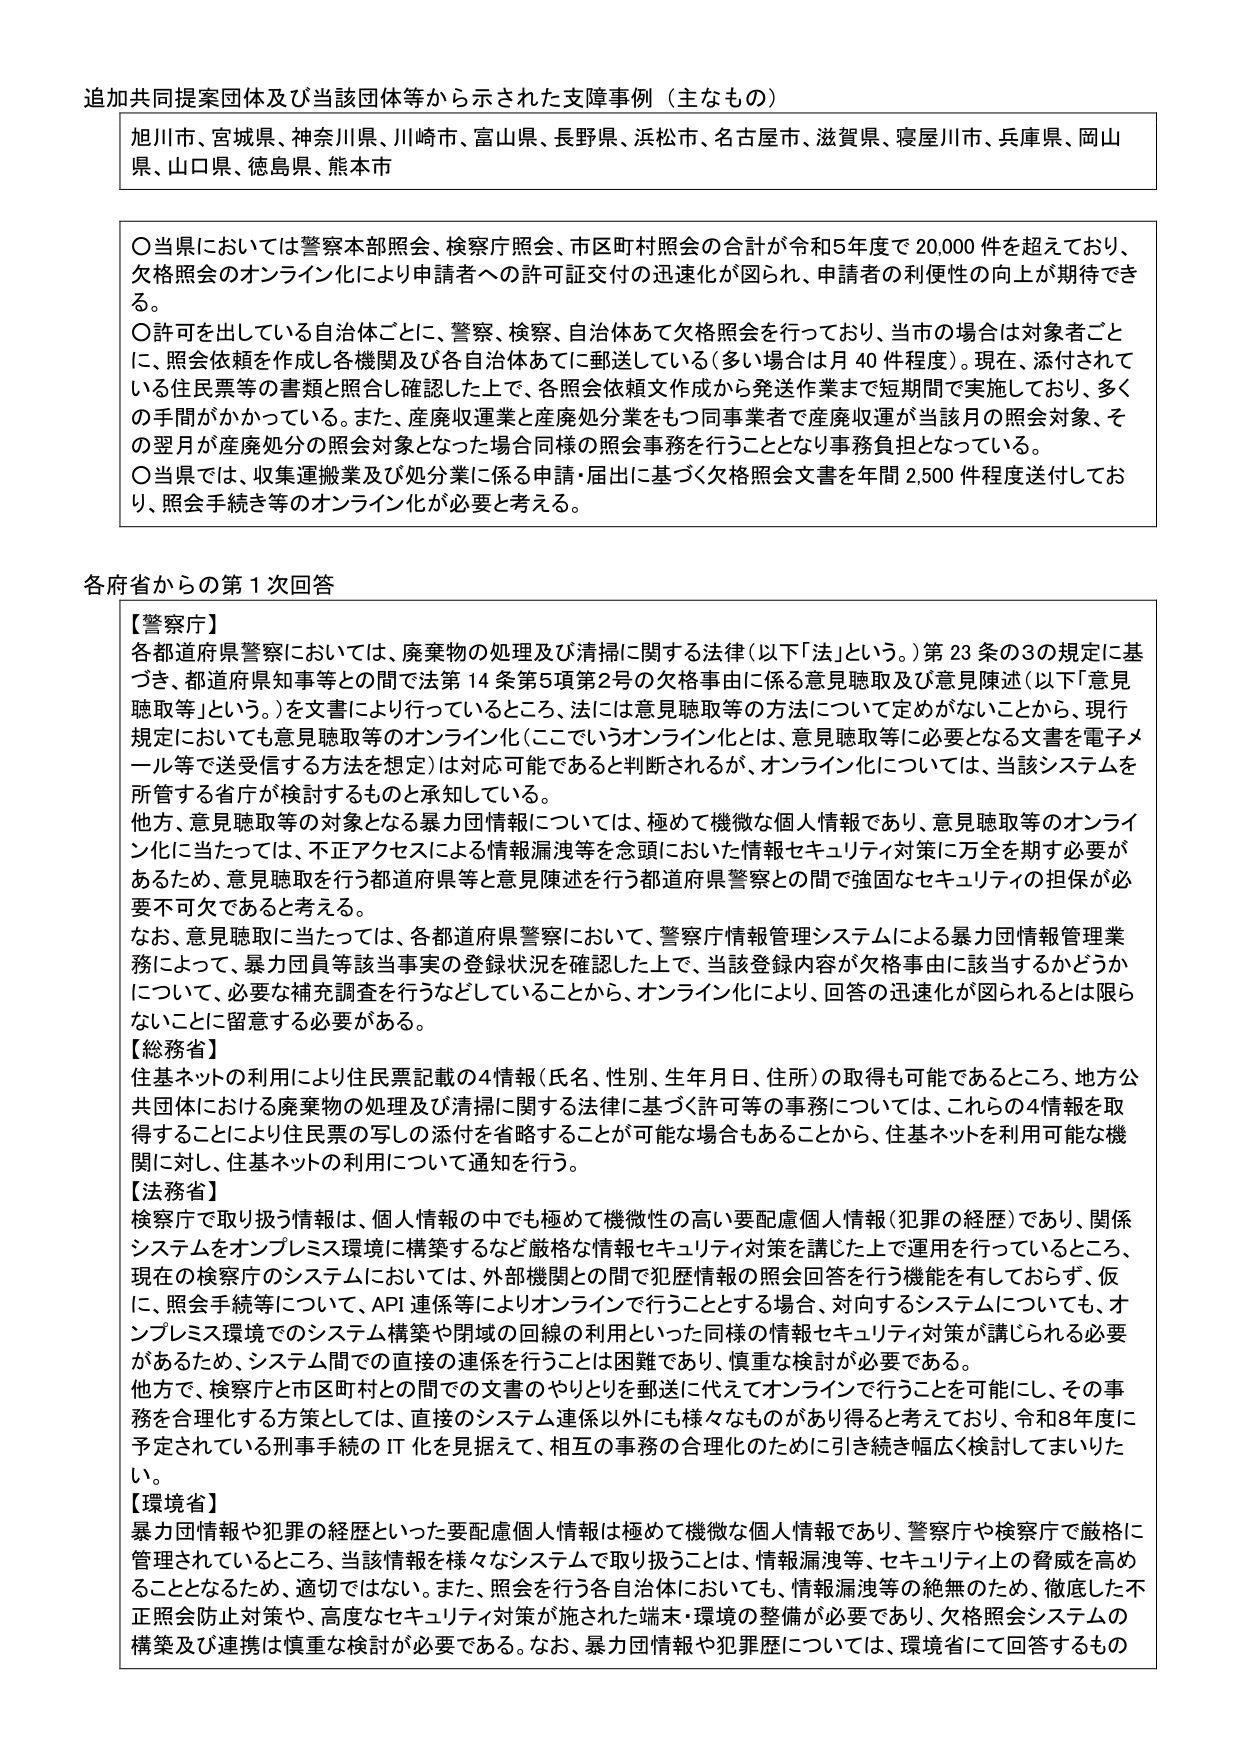
追加共同提案団体及び当該団体等から示された支障事例（主なもの）

旭川市、宮城県、神奈川県、川崎市、富山県、長野県、浜松市、名古屋市、滋賀県、寝屋川市、兵庫県、岡山県、山口県、徳島県、熊本市

〇当県においては警察本部照会、検察庁照会、市区町村照会の合計が令和5年度で20,000件を超えており、欠格照会のオンライン化により申請者への許可証交付の迅速化が図られ、申請者の利便性の向上が期待できる。

〇許可を出している自治体ごとに、警察、検察、自治体あて欠格照会を行っており、当市の場合対象者ごとに、照会依頼を作成し各機関及び各自治体あてに郵送している（多い場合は月40件程度）。現在、添付されている住民票等の書類と照合し確認した上で、各照会依頼文作成から発送作業まで短期間で実施しており、多くの手間がかかっている。また、産廃収運業と産廃処分業をもつ同事業者で産廃収運が当該月の照会対象、その翌月が産廃処分の照会対象となった場合同様の照会事務を行うこととなり事務負担となっている。

〇当県では、収集運搬業及び処分業に係る申請・届出に基づく欠格照会文書を年間2,500件程度送付しており、照会手続き等のオンライン化が必要と考える。

各府省からの第1次回答

【警察庁】
各都道府県警察においては、廃棄物の処理及び清掃に関する法律（以下「法」という。）第23条の3の規定に基づき、都道府県知事等との間で法第14条第5項第2号の欠格事由に係る意見聴取及び意見陳述（以下「意見聴取等」という。）を文書により行っているところ、法には意見聴取等の方法について定めがないことから、現行規定においても意見聴取等のオンライン化（ここでいうオンライン化とは、意見聴取等に必要となる文書を電子メール等で送受信する方法を想定）は対応可能であると判断されるが、オンライン化については、当該システムを所管する省庁が検討するものと承知している。

他方、意見聴取等の対象となる暴力団情報については、極めて機微な個人情報であり、意見聴取等のオンライン化に当たっては、不正アクセスによる情報漏洩等を念頭においた情報セキュリティ対策に万全を期す必要があるため、意見聴取を行う都道府県等と意見陳述を行う都道府県警察との間で強固なセキュリティの担保が必要不可欠であると考える。

なお、意見聴取に当たっては、各都道府県警察において、警察庁情報管理システムによる暴力団情報管理業務によって、暴力団員等該当事実の登録状況を確認した上で、当該登録内容が欠格事由に該当するかどうかについて、必要な補充調査を行うなどしていることから、オンライン化により、回答の迅速化が図られるとは限らないことに留意する必要がある。

【総務省】
住基ネットの利用により住民票記載の4情報（氏名、性別、生年月日、住所）の取得も可能であるところ、地方公共団体における廃棄物の処理及び清掃に関する法律に基づく許可等の事務については、これらの4情報を取得することにより住民票の写しの添付を省略することが可能な場合もあることから、住基ネットを利用可能な機関に対し、住基ネットの利用について通知を行う。

【法務省】
検察庁で取り扱う情報は、個人情報の中でも極めて機微性の高い要配慮個人情報（犯罪の経歴）であり、関係システムをオンプレミス環境に構築するなど厳格な情報セキュリティ対策を講じた上で運用を行っているところ、現在の検察庁のシステムにおいては、外部機関との間で犯罪情報の照会回答を行う機能を有しており、仮に、照会手続等について、API連係等によりオンラインで行うこととする場合、対向するシステムについても、オンプレミス環境でのシステム構築や閉域の回線の利用といった同様の情報セキュリティ対策が講じられる必要があるため、システム間での直接の連係を行うことは困難であり、慎重な検討が必要である。

他方で、検察庁と市区町村との間での文書のやりとりを郵送に代えてオンラインで行うことを可能にし、その事務を合理化する方策としては、直接のシステム連係以外にも様々なものがあり得ると考えており、令和8年度に予定されている刑事手続のIT化を見据えて、相互の事務の合理化のために引き続き幅広く検討してまいりたい。

【環境省】
暴力団情報や犯罪の経歴といった要配慮個人情報は極めて機微な個人情報であり、警察庁や検察庁で厳格に管理されているところ、当該情報を様々なシステムで取り扱うことは、情報漏洩等、セキュリティ上の脅威を高めることとなるため、適切ではない。また、照会を行う各自治体においても、情報漏洩等の絶無のため、徹底した不正照会防止対策や、高度なセキュリティ対策が施された端末・環境の整備が必要であり、欠格照会システムの構築及び連携は慎重な検討が必要である。なお、暴力団情報や犯罪歴については、環境省にて回答するもの